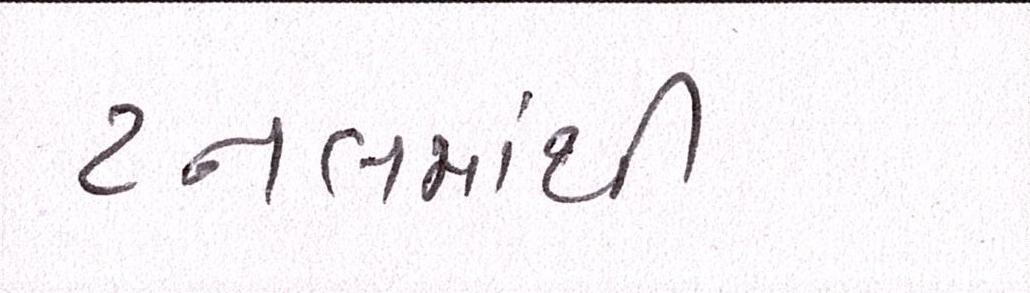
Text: ટનલમાંથી